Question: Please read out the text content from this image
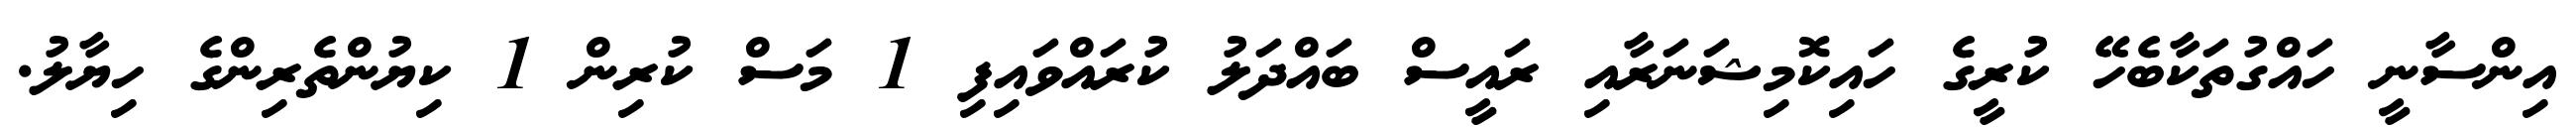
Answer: އިންސާނީ ހައްގުތަކާބެހޭ ކުރީގެ ހައިކޮމިޝަނަރާއި ރައީސް ބައްދަލު ކުރައްވައިފި 1 މަސް ކުރިން 1 ކިޔުންތެރިންގެ ހިޔާލު.